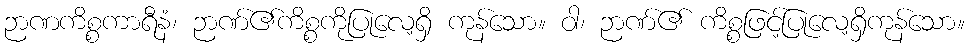
ဉာဏကိစ္စကာရီနံ၊ ဉာဏ်၏ကိစ္စကိုပြုလေ့ရှိ ကုန်သော။ ဝါ၊ ဉာဏ်၏ ကိစ္စဖြင့်ပြုလေ့ရှိကုန်သော။